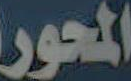
المحور